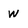
Character: W